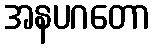
အနပဂတော